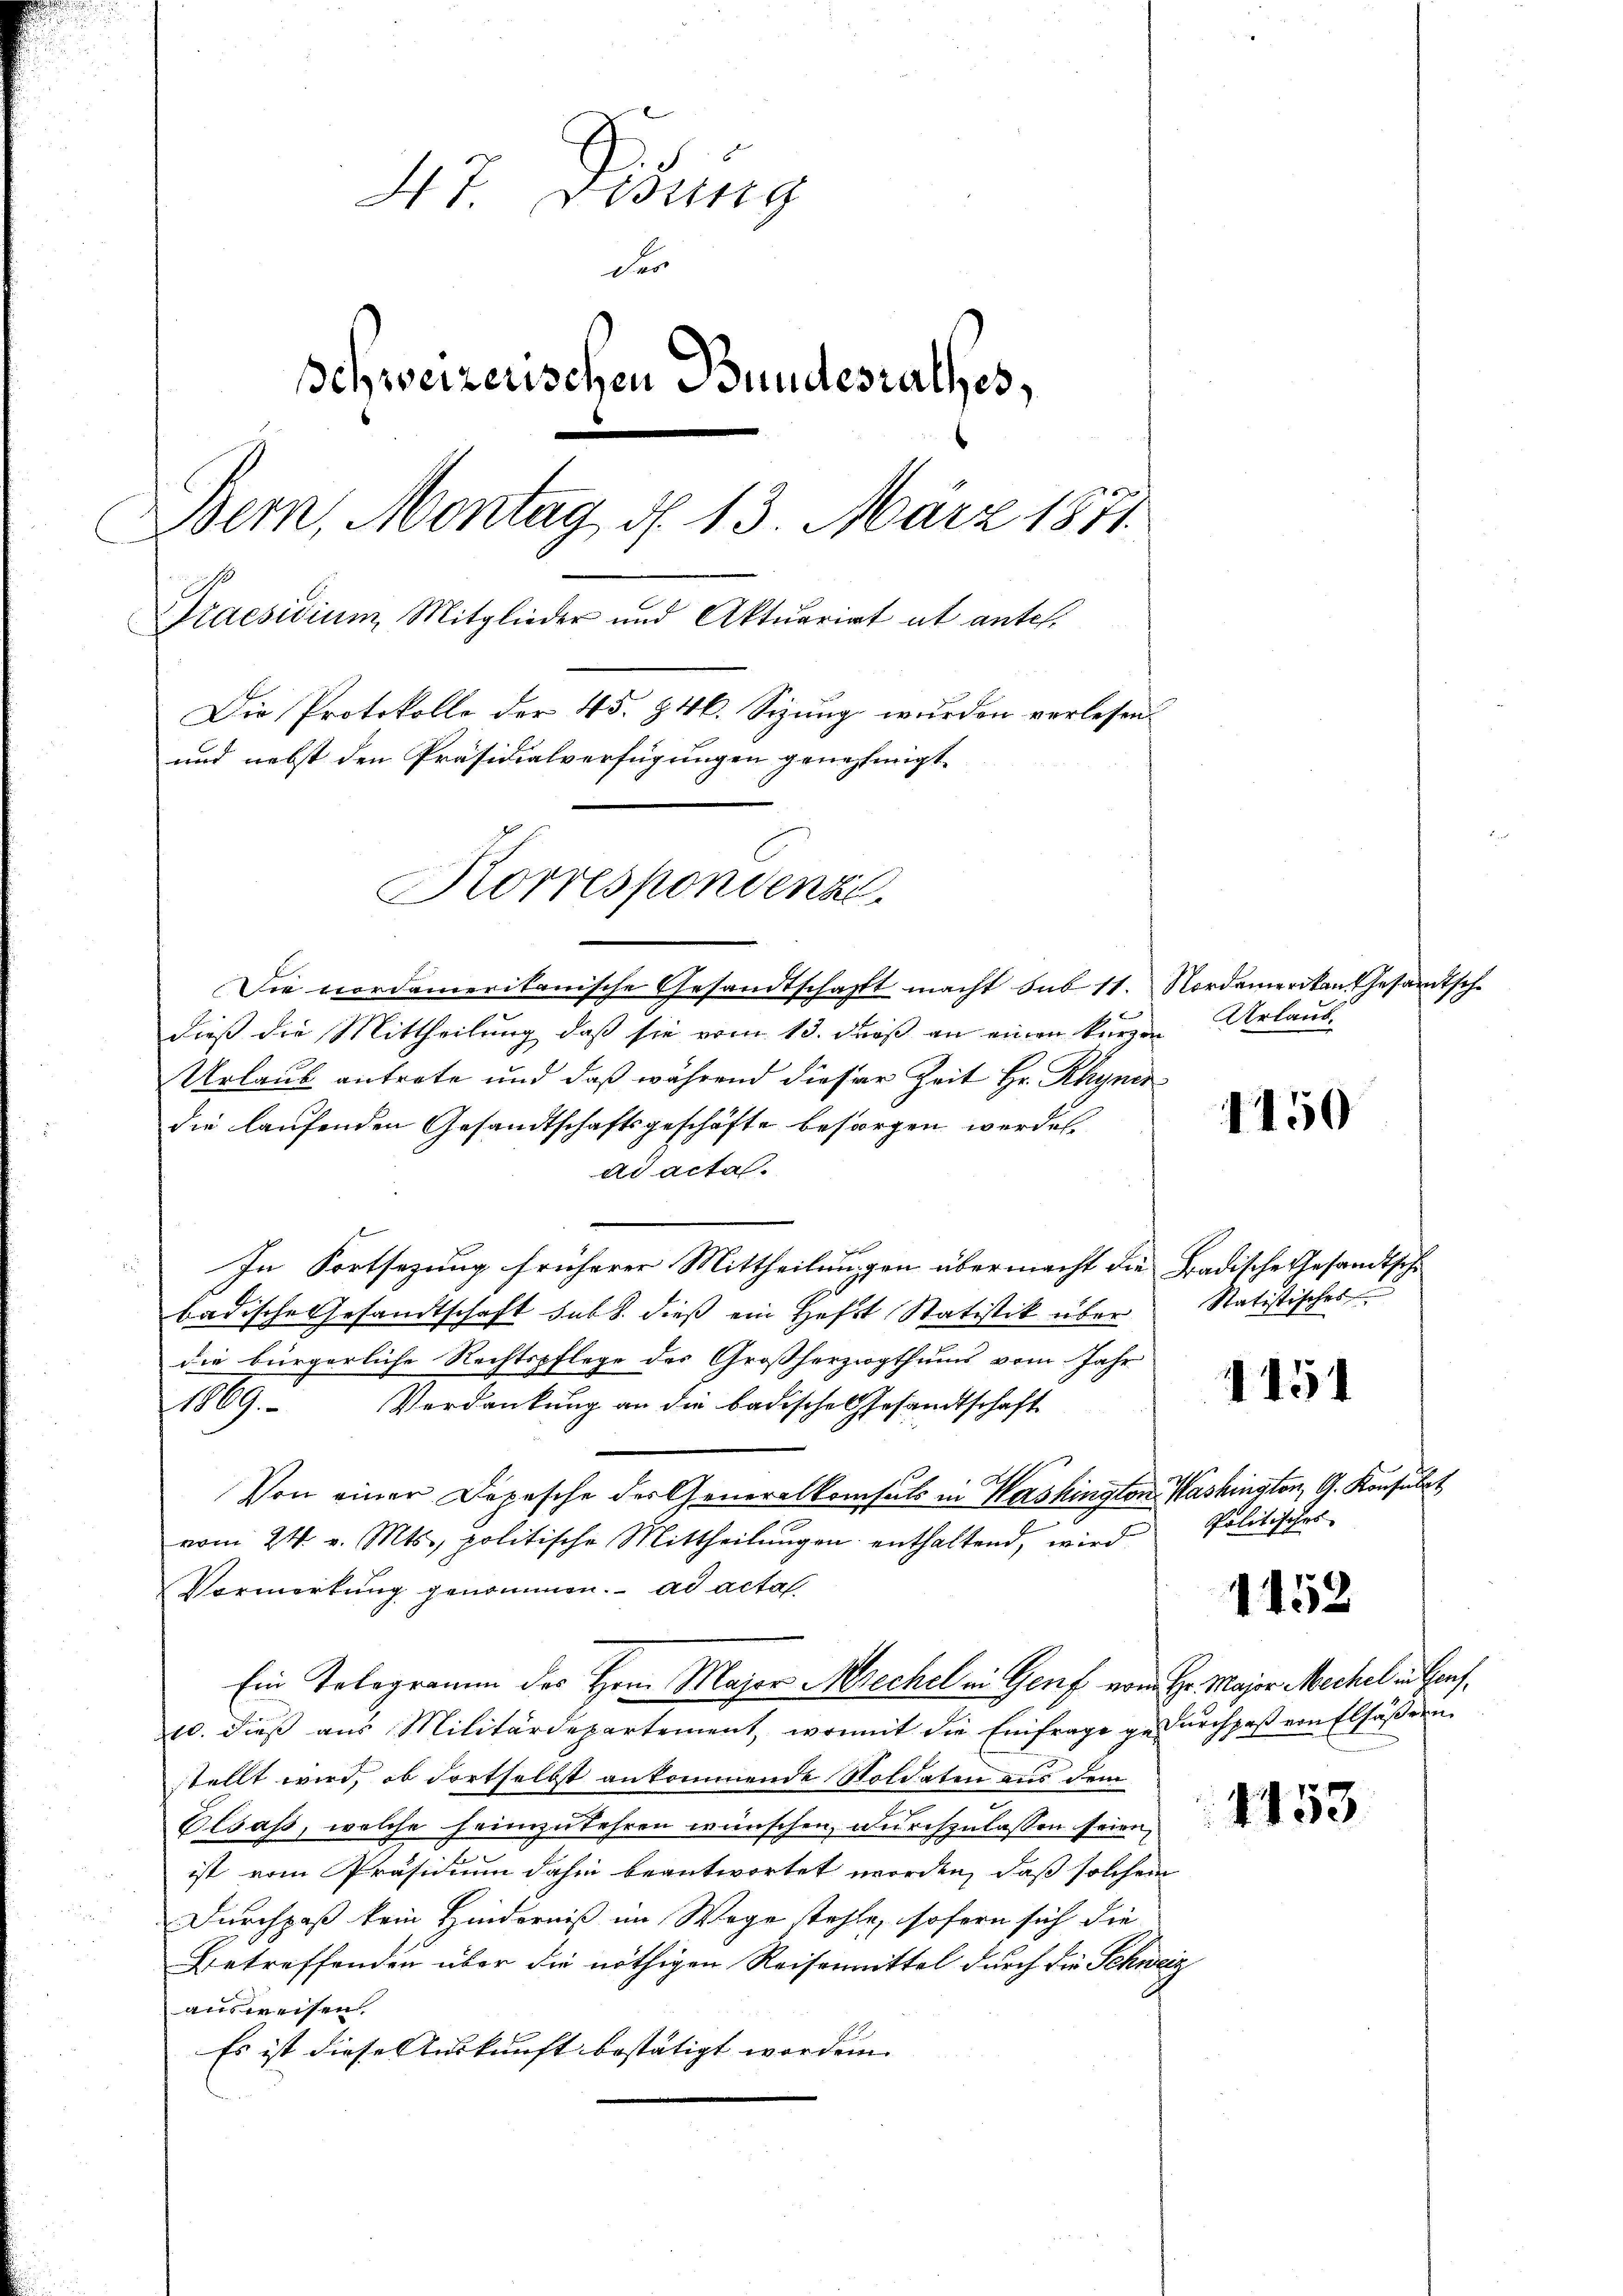
47 Didung
der
Schweizerischen Bundesrathes,
Bern, Montag d. 13. März 1871.
Praesidium Mitglieder und Aktuariat ab antel.
Die Protokolle der 45. 846. Sizung wurden verlesen.
und nebst den Präsidialverfügungen genehmigt.
Korrespondenze.

Die vordamerikanische Gesandtschafft macht sub 11. Nordamerikan Gesamtsch
dieß die Mittheilung, daß sie vom 13. dieß an einen kurzen Urlaube
Urlaub antrete und daß während dieser Zeit Hr. Rhyner
die laufenden Gesandtschaftsgeschäfte besorgen werden.
Ad acta.
In Fortsetzung früherer Mittheilungen übermacht die Tradische Gesandtsche
badische Gesandtschaft sub b. dieß ein Heft Statistik über
die bürgerliche Rechtspflege des Großherzogthums vom Jahr
1869. Verdankung an die badische Gesandtschaft
Von einer Depesche der Generalkonsuls in Washington Washington, G. Konsulat
vom 24. v. Mts., politische Mittheilungen enthaltend, wird
Vormerkung genommen. ad acta
Ein Tologramm des Herrn Major Mechel in Genf vom Hr. Major Mechel in Genf¬
10. dieß aus Militärdepartement, womit die Einfrage gedurchpaβ von Elsässern
stellt wird, ob dortselbst ankommende Soldaten aus dem
Elsass, welche heimzukehren wünschen, durchzulassen seien
ist vom Präsidium dahin beantwortet worden, daß solchem
Durchpaß kein Hinderniß im Wege stehle, sofern sich die
Betreffenden über die nöthigen Reisenmittel durch die Schweiz
ausweisen.
Es ist diese Auskunft bestätigt worden. |

1150

Statistisches

1151

Politisches

1152

153

s